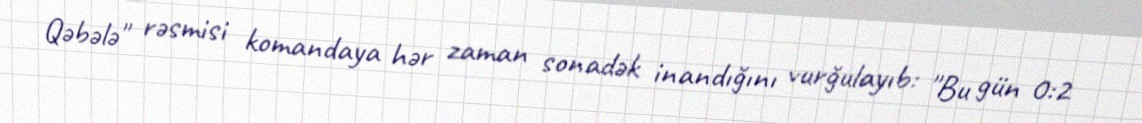
Qəbələ" rəsmisi komandaya hər zaman sonadək inandığını vurğulayıb: "Bu gün 0:2